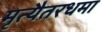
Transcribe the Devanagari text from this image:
मृत्यैतरधमा